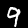
Label: 9